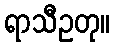
ရာသီဥတု။